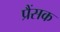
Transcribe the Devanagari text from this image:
प्रैंसक